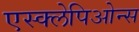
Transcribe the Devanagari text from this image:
एस्क्लेपिओन्स